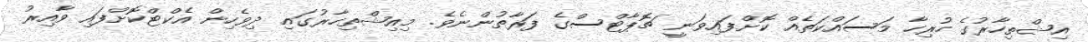
އިޝްތިހާރުގެ ހުރިހާ މަސައްކަތެއް ކޮށްފައިވަނީ ޗޮޕާޓްސްގެ ފަރާތުންނެވެ. މިއިޝްތިހާރުގައި ދިވެހިން އެކްޓްކޮށްފައި ވާއިރު